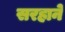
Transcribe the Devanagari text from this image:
सरहाने